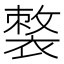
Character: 𧜌